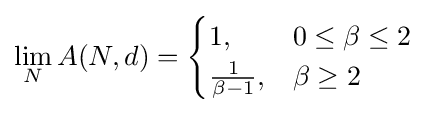
\lim _{N}A(N,d)={\begin{cases}1,&0\leq \beta \leq 2\\{\frac {1}{\beta -1}},&\beta \geq 2\end{cases}}